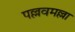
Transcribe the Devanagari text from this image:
पल्लवमल्ला